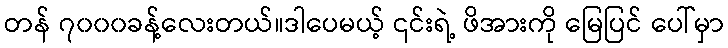
တန် ၇၀၀၀ခန့်လေးတယ်။ဒါပေမယ့် ၎င်းရဲ့ ဖိအားကို မြေပြင် ပေါ်မှာ